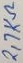
Text: 2,7KΩ